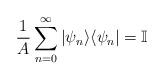
LaTeX: \begin{align*}\frac{1}{A}\sum_{n=0}^{\infty}|\psi_n \rangle \langle \psi_n|= \mathbb{I}\end{align*}